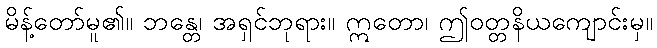
မိန့်တော်မူ၏။ ဘန္တေ၊ အရှင်ဘုရား။ ဣတော၊ ဤဝတ္တနိယကျောင်းမှ။